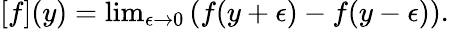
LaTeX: [f](y)=\mathrm{lim}_{\epsilon\rightarrow 0}\left(f(y+\epsilon)-f(y-\epsilon)\right).